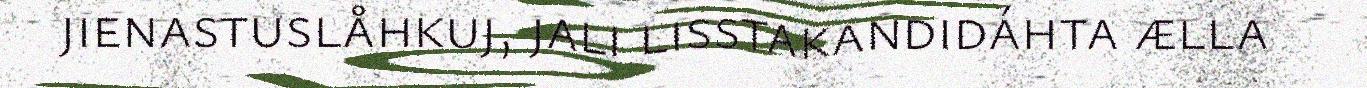
jienastuslåhkuj, jali lisstakandidáhta ælla